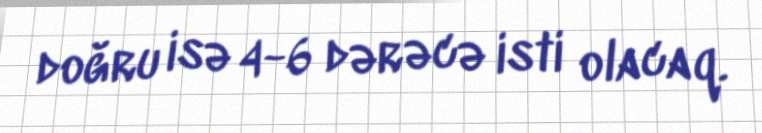
doğru isə 4-6 dərəcə isti olacaq.